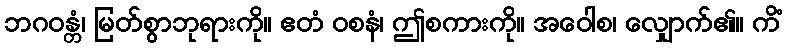
ဘဂဝန္တံ၊ မြတ်စွာဘုရားကို။ ဧတံ ဝစနံ၊ ဤစကားကို။ အဝေါစ၊ လျှောက်၏။ ကိံ